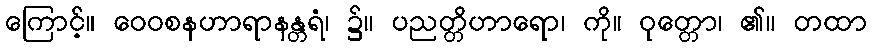
ကြောင့်။ ဝေဝစနဟာရာနန္တရံ၊ ၌။ ပညတ္တိဟာရော၊ ကို။ ဝုတ္တော၊ ၏။ တထာ